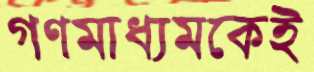
গণমাধ্যমকেই